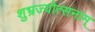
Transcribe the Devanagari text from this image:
शुभ्रज्योत्सनाम्